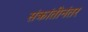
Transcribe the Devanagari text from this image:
संक्रांतीनंतर